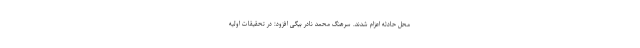
محل حادثه اعزام شدند. سرهنگ محمد نادر بیگی افزود: در تحقیقات اولیه